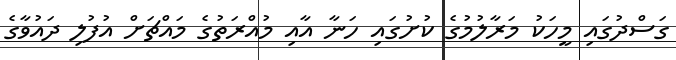
ގަސްދުގައި މީހަކު މަރާލުމުގެ ކުށުގައި ހަނާ އާއި މުއްރަތުގެ މައްޗަށް އުފުލި ދައުވާގެ